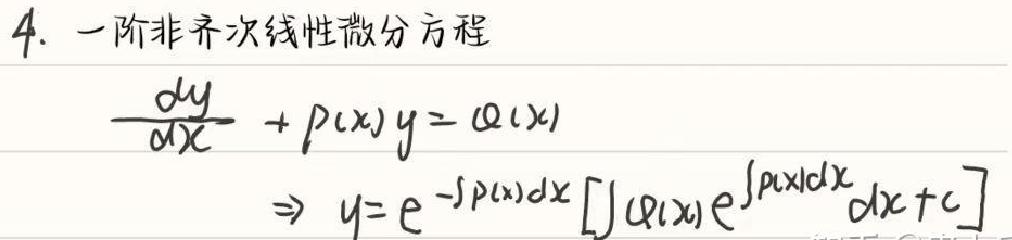
4. 一阶非齐次线性微分方程
$\frac{dy}{dx}+p(x)y=q(x)$
$\Rightarrow y=e^{-\int p(x)dx}\left[\int q(x)e^{\int p(x)dx}dx + c\right]$